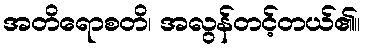
အတိရောစတိ၊ အလွန်တင့်တယ်၏။